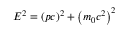
E ^ { 2 } = ( p c ) ^ { 2 } + \left( m _ { 0 } c ^ { 2 } \right) ^ { 2 }